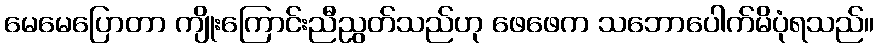
မေမေပြောတာ ကျိုးကြောင်းညီညွတ်သည်ဟု ဖေဖေက သဘောပေါက်မိပုံရသည်။